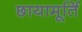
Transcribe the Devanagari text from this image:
छायामूर्ति